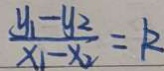
\frac { y _ { 1 } - y _ { 2 } } { x _ { 1 } - x _ { 2 } } = k